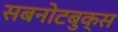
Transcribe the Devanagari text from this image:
सबनोटबुक्स